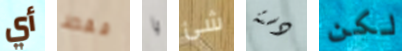
أي فقط يا شئ دستة لكن